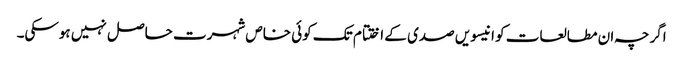
اگرچہ ان مطالعات کو انیسویں صدی کے اختتام تک کوئی خاص شہرت حاصل نہیں ہوسکی۔